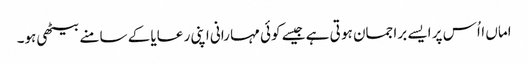
اماں ااُس پر ایسے برا جمان ہو تی ہے جیسے کوئی مہا رانی اپنی ر عایا کے سامنے بیٹھی ہو۔